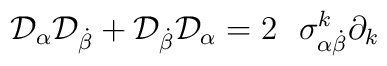
{\cal D}_\alpha {\cal D}_{\dot \beta }+{\cal D}_{\dot \beta }{\cal D}_\alpha=2\ \ {\sigma }_{\alpha \dot \beta }^k\partial _k